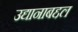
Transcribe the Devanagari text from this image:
उद्यानाबद्दल